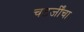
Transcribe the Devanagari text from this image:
चटर्जींचा